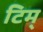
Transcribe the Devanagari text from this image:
टिम्‌